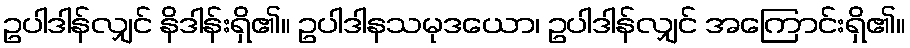
ဥပါဒါန်လျှင် နိဒါန်းရှိ၏။ ဥပါဒါနသမုဒယော၊ ဥပါဒါန်လျှင် အကြောင်းရှိ၏။